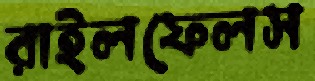
রাইলফেলস